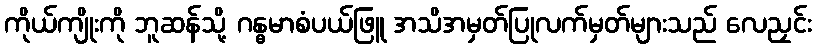
ကိုယ်ကျိုးကို ဘူဆန်သို့ ဂန္ဓမာစံပယ်ဖြူ အသိအမှတ်ပြုလက်မှတ်များသည် လေညှင်း